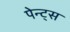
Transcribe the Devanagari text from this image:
पेन्ट्स